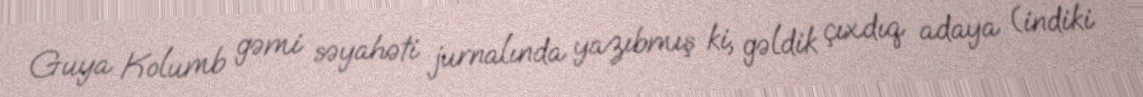
Guya Kolumb gəmi səyahəti jurnalında yazıbmış ki, gəldik çıxdıq adaya (indiki